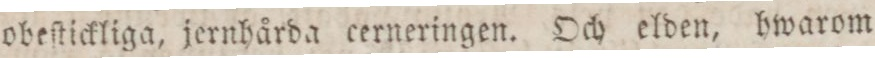
obeſtickliga, jernhårda cerneringen. Och elden, hwarom